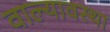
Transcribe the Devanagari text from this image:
वाल्यावस्था